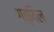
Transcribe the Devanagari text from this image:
गत्यिल